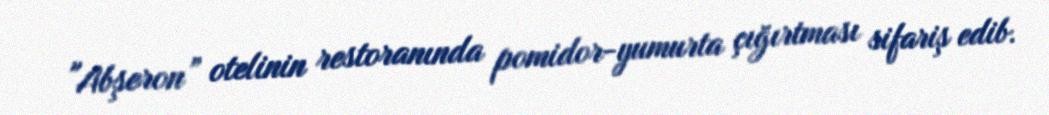
"Abşeron” otelinin restoranında pomidor-yumurta çığırtması sifariş edib.